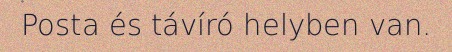
Posta és távíró helyben van.